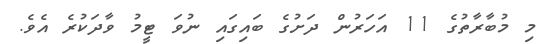
މި މުބާރާތުގެ 11 އަހަރުން ދަށުގެ ބައިގައި ނުވަ ޓީމު ވާދަކުރެ އެވެ.